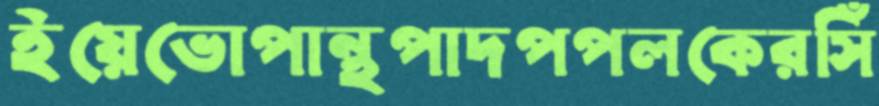
ইয়েভোপান্থপাদপপলকেরসিঁ